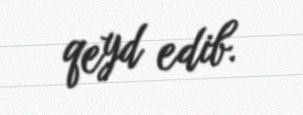
qeyd edib.